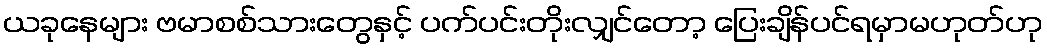
ယခုနေများ ဗမာစစ်သားတွေနှင့် ပက်ပင်းတိုးလျှင်တော့ ပြေးချိန်ပင်ရမှာမဟုတ်ဟု